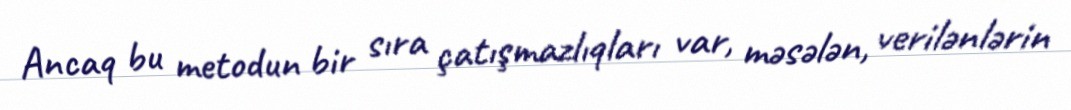
Ancaq bu metodun bir sıra çatışmazlıqları var, məsələn, verilənlərin